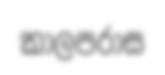
කාලපරාස